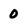
Character: 0